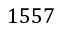
1 5 5 7